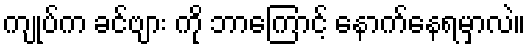
ကျုပ်က ခင်ဗျား ကို ဘာကြောင့် နောက်နေရမှာလဲ။